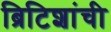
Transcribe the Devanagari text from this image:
ब्रिटिशांची